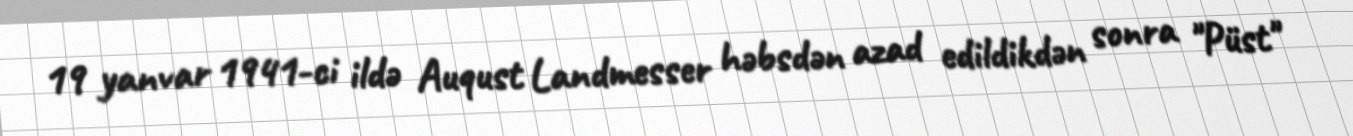
19 yanvar 1941-ci ildə Auqust Landmesser həbsdən azad edildikdən sonra "Püst"